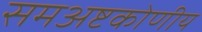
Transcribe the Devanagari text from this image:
समअष्टकोणीय